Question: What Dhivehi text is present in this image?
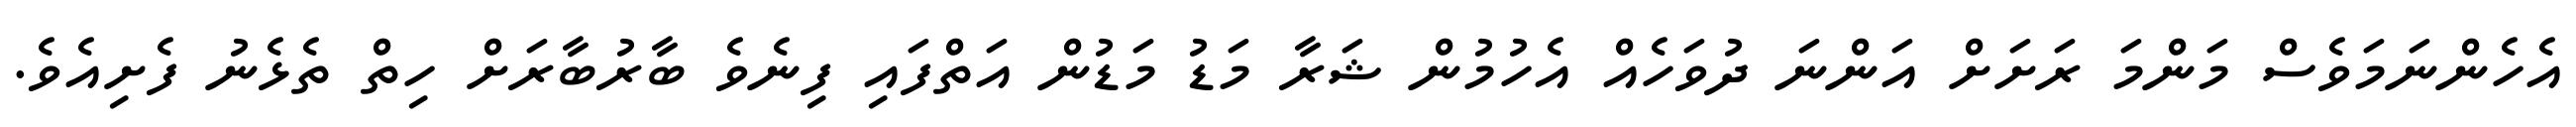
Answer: އެހެންނަމަވެސް މަންމަ ރަށަށް އަންނަ ދުވަހެއް އެހުމުން ޝަރާ މަޑު މަޑުން އަތްފައި ފިނެވެ ބާރުބާރަށް ހިތް ތެޅެނު ފެށިއެވެ.